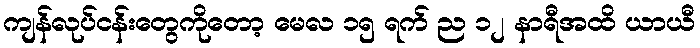
ကျန်လုပ်ငန်းတွေကိုတော့ မေလ ၁၅ ရက် ည ၁၂ နာရီအထိ ယာယီ